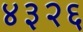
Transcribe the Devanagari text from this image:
४३२६